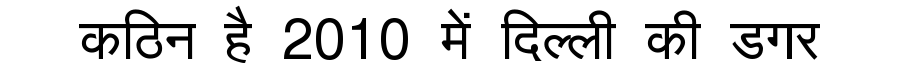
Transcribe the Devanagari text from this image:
कठिन है 2010 में दिल्ली की डगर